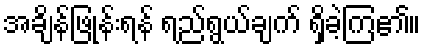
အချိန်ဖြုန်းရန် ရည်ရွယ်ချက် ရှိခဲ့ကြ၏။